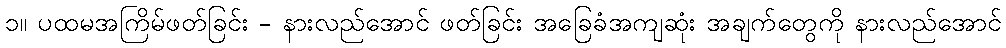
၁။ ပထမအကြိမ်ဖတ်ခြင်း - နားလည်အောင် ဖတ်ခြင်း အခြေခံအကျဆုံး အချက်တွေကို နားလည်အောင်